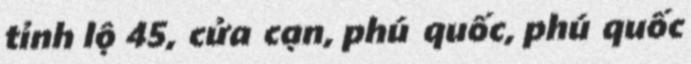
tỉnh lộ 45, cửa cạn, phú quốc, phú quốc